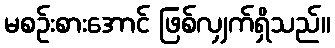
မစဉ်းစားအောင် ဖြစ်လျှက်ရှိသည်။